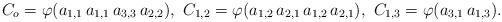
LaTeX: \begin{align*}C_o = \varphi ( a_{1,1} \, a_{1,1} \, a_{3,3} \, a_{2,2} ),\ C_{1,2} = \varphi ( a_{1,2} \, a_{2,1} \, a_{1,2} \, a_{2,1} ),\ C_{1,3} = \varphi ( a_{3,1} \, a_{1,3} ).\end{align*}